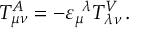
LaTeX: T _ { \mu \nu } ^ { A } = - \varepsilon _ { \mu } ^ { \ \lambda } T _ { \lambda \nu } ^ { V } \, .